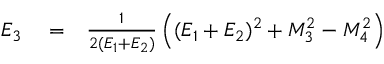
\begin{array} { r l r } { E _ { 3 } } & { { } = } & { \frac { 1 } { 2 ( E _ { 1 } + E _ { 2 } ) } \left( ( E _ { 1 } + E _ { 2 } ) ^ { 2 } + M _ { 3 } ^ { 2 } - M _ { 4 } ^ { 2 } \right) } \end{array}